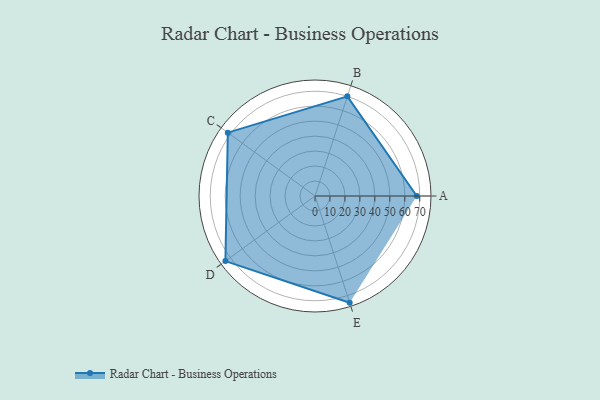
{"axis": {"x": "Skill", "y": "Score"}, "legend": ["Profile"], "data": [{"x": "A", "y": 68.0, "type": "Profile"}, {"x": "B", "y": 70.0, "type": "Profile"}, {"x": "C", "y": 72.0, "type": "Profile"}, {"x": "D", "y": 74.0, "type": "Profile"}, {"x": "E", "y": 75.0, "type": "Profile"}]}